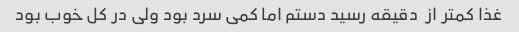
غذا کمتر از  دقیقه رسید دستم اما کمی سرد بود ولی در کل خوب بود